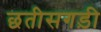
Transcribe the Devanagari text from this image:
छतीसगड़ी